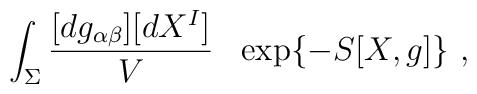
\int_\Sigma \frac{[dg_{\alpha \beta}] [dX^I]}{V}\ \ \exp \{ -S[X,g] \}\ ,